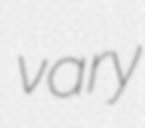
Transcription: vary